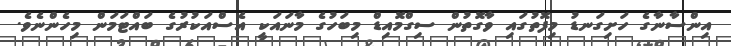
އިންސާނާގެ ހަށިގަނޑު މިފޮތުގައި ވާގޮތުން ސިގްމޮއިޑް މިބަހުގެ މާނައަކީ އެސްއަކުރުގެ ބައްޓަމަން މިހެންނެވެ.